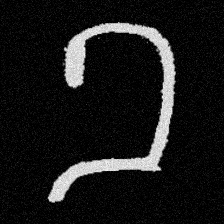
Pyu character \u2014 Myanmar letter: ခ (romanized: kha)